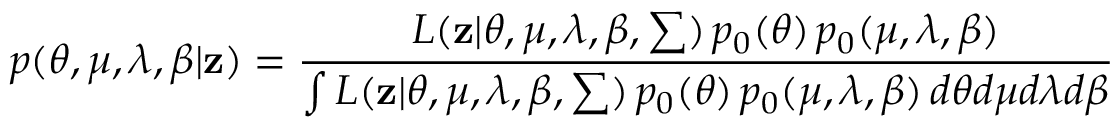
p ( \theta , \mu , \lambda , \beta | \mathbf { z } ) = \frac { L ( \mathbf { z } | \theta , \mu , \lambda , \boldsymbol { \beta } , \sum ) \, p _ { 0 } ( \theta ) \, p _ { 0 } ( \mu , \lambda , \boldsymbol { \beta } ) } { \int L ( \mathbf { z } | \theta , \mu , \lambda , \boldsymbol { \beta } , \sum ) \, p _ { 0 } ( \theta ) \, p _ { 0 } ( \mu , \lambda , \boldsymbol { \beta } ) \, d \theta d \mu d \lambda d \beta }